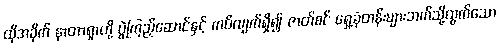
ထိုအခိုက် နာတာရှာတို့ ပွဲကြည့်ဆောင်နှင့် ကပ်လျက်ရှိ၍ ဇာတ်စင် ရှေ့ခုံတန်းများဘက်သို့ထွက်သော